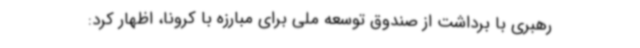
رهبری با برداشت از صندوق توسعه ملی برای مبارزه با کرونا، اظهار کرد: